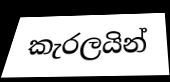
කැරලයින්